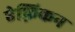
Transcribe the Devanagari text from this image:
ऐफ़्रिकन